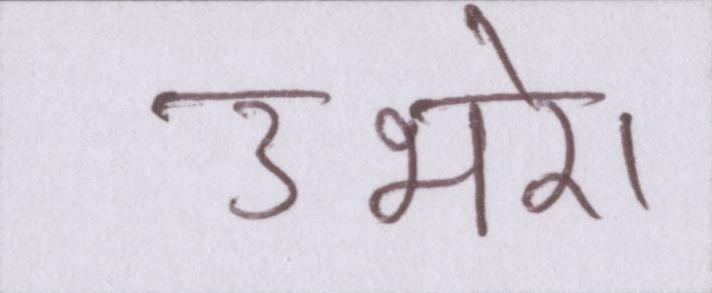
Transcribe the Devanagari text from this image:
उभरे।